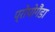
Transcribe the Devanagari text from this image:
प्रोपोगैंडा